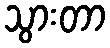
သွားတာ